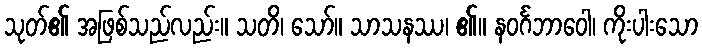
သုတ်၏ အဖြစ်သည်လည်း။ သတိ၊ သော်။ သာသနဿ၊ ၏။ နဝင်္ဂဘာဝေါ၊ ကိုးပါးသော